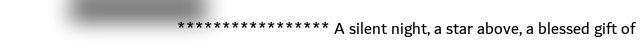
***************** A silent night, a star above, a blessed gift of